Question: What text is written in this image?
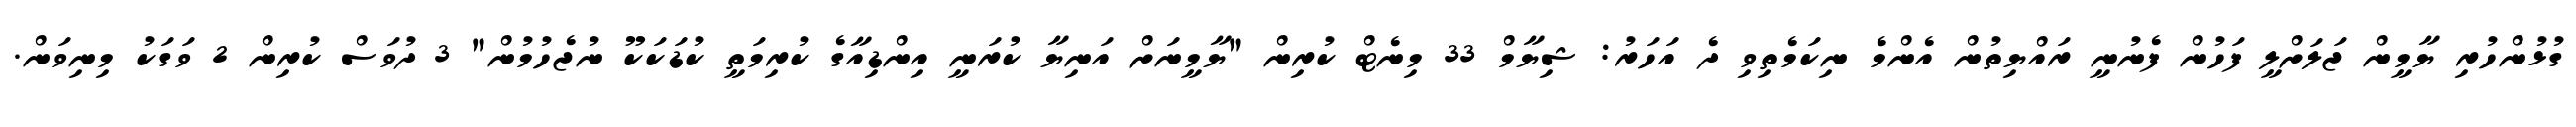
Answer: ގުޅުންހުރި ޔާމީން ޖަލަށްލީ ފަހުން ފެނުނީ ރައްޔިތުން އެންމެ ނިކަމެތިވި ދެ އަހަރު: ޝިޔާމް 33 މިނެޓް ކުރިން "ޔާމީނަށް އަނިޔާ ކުރަނީ އިންޑިއާގެ ކުރިމަތީ ކުޑަކަކޫ ނުޖެހުމުން" 3 ދުވަސް ކުރިން 2 ވަގަކު މިނިވަން.